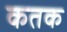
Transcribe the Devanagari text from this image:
कतक